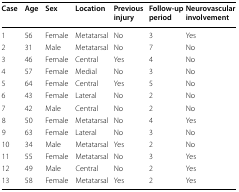
| Case | Age | Sex | Location | Previous injury | Follow-up period | Neurovascular involvement |
 | --- | --- | --- | --- | --- | --- | --- |
 | 1 | 56 | Female | Metatarsal | No | 3 | Yes |
 | 2 | 31 | Male | Metatarsal | No | 7 | No |
 | 3 | 46 | Female | Central | Yes | 4 | No |
 | 4 | 57 | Female | Medial | No | 3 | No |
 | 5 | 64 | Female | Central | Yes | 5 | No |
 | 6 | 43 | Female | Lateral | No | 2 | No |
 | 7 | 42 | Male | Central | No | 2 | No |
 | 8 | 50 | Female | Metatarsal | No | 4 | Yes |
 | 9 | 63 | Female | Lateral | No | 3 | No |
 | 10 | 34 | Male | Metatarsal | Yes | 2 | No |
 | 11 | 55 | Female | Metatarsal | No | 3 | Yes |
 | 12 | 49 | Male | Central | No | 2 | Yes |
 | 13 | 58 | Female | Metatarsal | Yes | 2 | Yes |